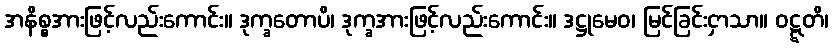
အနိစ္စအားဖြင့်လည်းကောင်း။ ဒုက္ခတောပိ၊ ဒုက္ခအားဖြင့်လည်းကောင်း။ ဒဋ္ဌုမေဝ၊ မြင်ခြင်းငှာသာ။ ဝဋ္ဋတိ၊